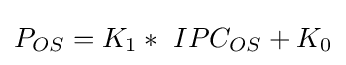
{{P}_{OS}}={{K}_{1}}*{\text{ }}IP{{C}_{OS}}+{{K}_{0}}